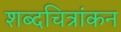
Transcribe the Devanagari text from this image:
शब्दचित्रांकन